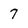
Character: 7